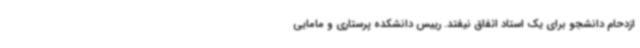
ازدحام دانشجو برای یک استاد اتفاق نیفتد. رییس دانشکده پرستاری و مامایی